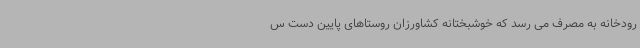
رودخانه به مصرف می رسد که خوشبختانه کشاورزان روستاهای پایین دست س